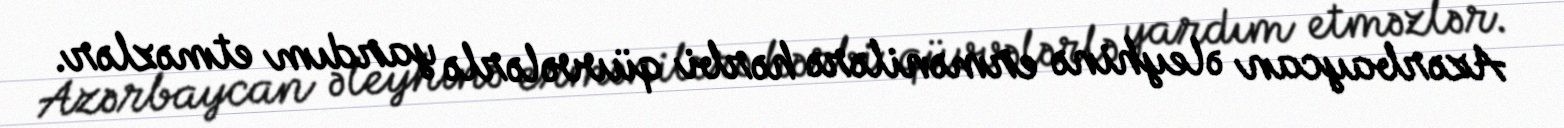
Azərbaycan əleyhinə ermənilərə hərbi qüvvələrlə yardım etməzlər.